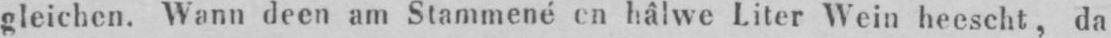
gleichen. Wann deen am Stammené en hâlwe Liter Wein heescht, da